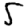
Digit: 5